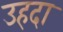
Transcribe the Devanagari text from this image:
उहदा